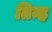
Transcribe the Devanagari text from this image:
तिन्ह